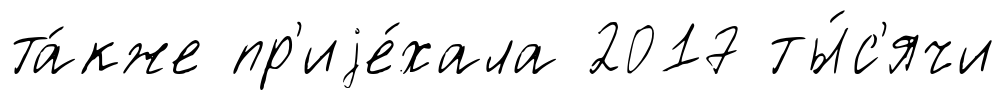
та́кже пр'иjе́хала 2017 ты́с'ячи